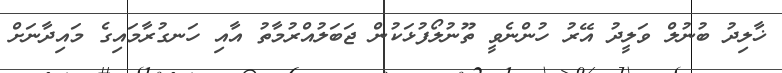
ޚާލިދު ބުނުލް ވަލީދު އޭރު ހުންނެވީ ތޫނުލޯފުޅަކުން ޖަބަލުއްރުމާތު އާއި ހަނގުރާމައިގެ މައިދާނަށް